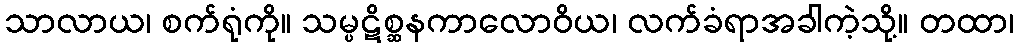
သာလာယ၊ စက်ရုံကို။ သမ္ပဋိစ္ဆနကာလောဝိယ၊ လက်ခံရာအခါကဲ့သို့။ တထာ၊